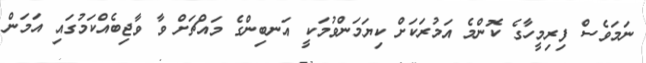
ނަމަވެސް ފިރިމީހާގެ ކޮންމެ އަމުރަކަށް ކިޔަމަންވުމަކީ އަނބިންގެ މައްޗަށް ވާ ވާޖިބެއްކަމުގައި އަމަން